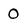
Character: 0